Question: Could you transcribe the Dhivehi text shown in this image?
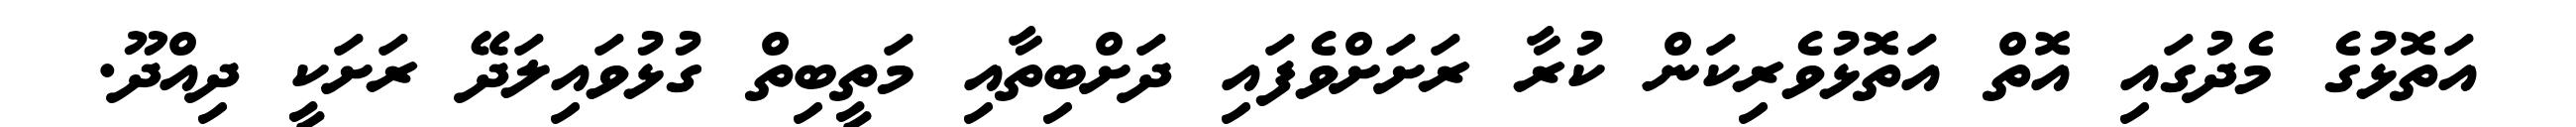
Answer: އަތޮޅުގެ މެދުގައި އޮތް އަތޮޅުވެރިކަން ކުރާ ރަށަށްވެފައި ދަށްބިތާއި މަތީބިތް ގުޅުވައިލަދޭ ރަށަކީ ދިއްދޫ.